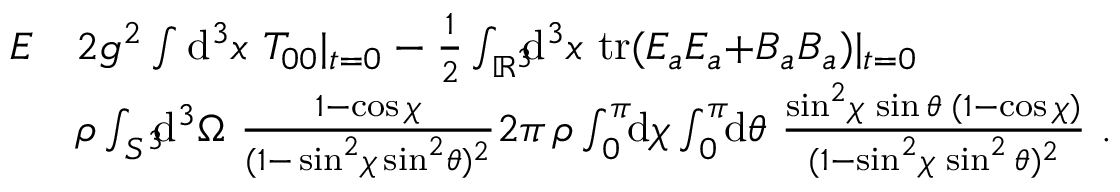
\begin{array} { r l } { E } & { \= 2 g ^ { 2 } \int \mathrm { d } ^ { 3 } x \ T _ { 0 0 } | _ { t { = } 0 } \= - \frac { 1 } { 2 } \int _ { \mathbb { R } ^ { 3 } } \! \! \! \mathrm { d } ^ { 3 } x \ \mathrm { t r } ( E _ { a } E _ { a } { + } B _ { a } B _ { a } ) | _ { t { = } 0 } } \\ & { \= \rho \int _ { S ^ { 3 } } \! \! \! \mathrm { d } ^ { 3 } \Omega \ \frac { 1 - \cos \chi } { ( 1 { - } \sin ^ { 2 } \! \chi \sin ^ { 2 } \! \theta ) ^ { 2 } } \= 2 \pi \, \rho \int _ { 0 } ^ { \pi } \! \! \mathrm { d } \chi \int _ { 0 } ^ { \pi } \! \! \mathrm { d } \theta \ \frac { \sin ^ { 2 } \! { \chi } \, \sin { \theta } \; ( 1 - \cos \chi ) } { ( 1 - \sin ^ { 2 } \! \chi \, \sin ^ { 2 } \theta ) ^ { 2 } } \ . } \end{array}